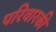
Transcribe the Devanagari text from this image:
परिवारकी